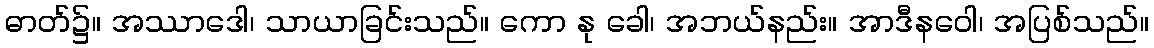
ဓာတ်၌။ အဿာဒေါ၊ သာယာခြင်းသည်။ ကော နု ခေါ၊ အဘယ်နည်း။ အာဒီနဝေါ၊ အပြစ်သည်။